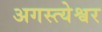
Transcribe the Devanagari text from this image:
अगस्त्येश्वर